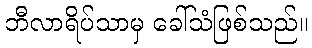
ဘီလာရိပ်သာမှ ခေါ်သံဖြစ်သည်။